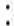
: